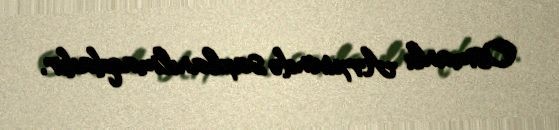
Osmanlı Arxivində saxlanılmaqdadır.